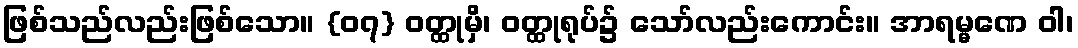
ဖြစ်သည်လည်းဖြစ်သော။ {၀၇} ဝတ္ထုမှိ၊ ဝတ္ထုရုပ်၌ သော်လည်းကောင်း။ အာရမ္မဏေ ဝါ၊